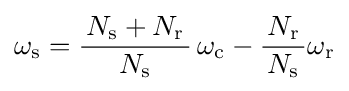
\omega _{\text{s}}={\frac {\,N_{\text{s}}+N_{\text{r}}\,}{N_{\text{s}}}}\,\omega _{\text{c}}-{\frac {\,N_{\text{r}}\,}{N_{\text{s}}}}\omega _{\text{r}}